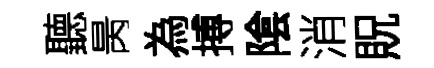
聽昺為搏隂消貺